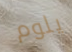
يلوم